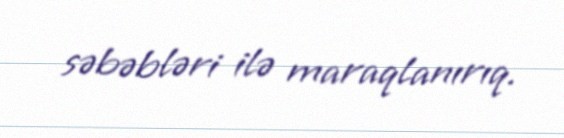
səbəbləri ilə maraqlanırıq.